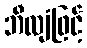
ဘီလျံဖြင့်